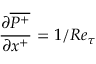
\frac { \partial \overline { { P ^ { + } } } } { \partial x ^ { + } } = { 1 / R e _ { \tau } }